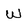
Character: W